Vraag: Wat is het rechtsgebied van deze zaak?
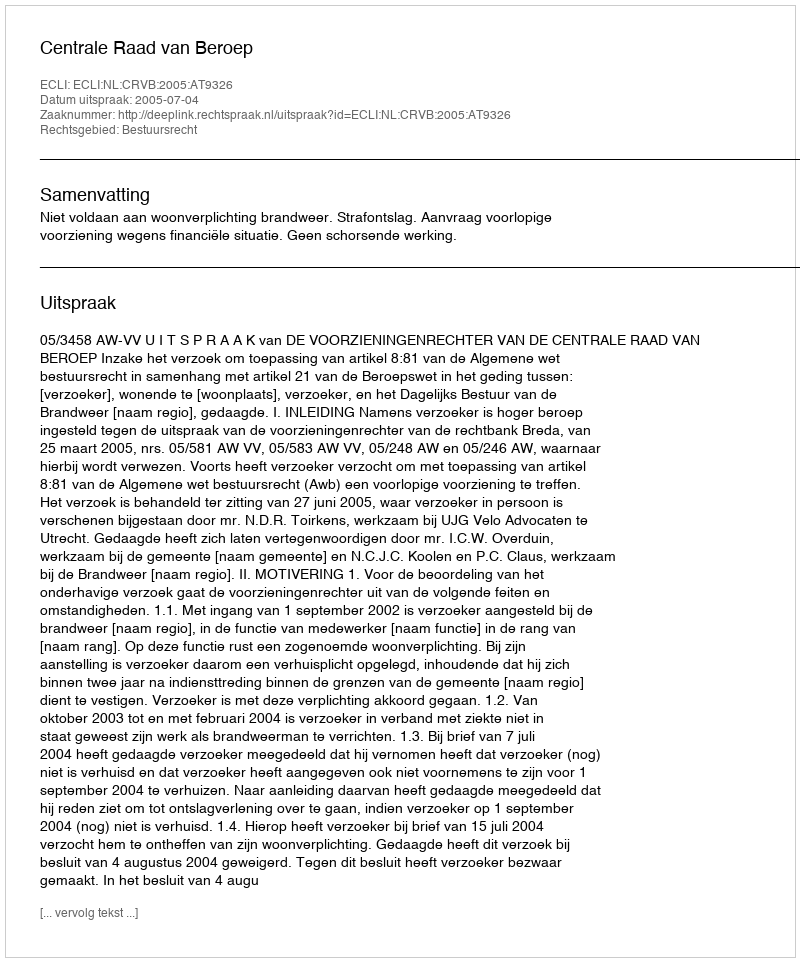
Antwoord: Bestuursrecht